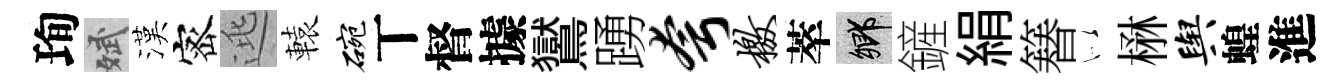
珣斌漢宻逃轅碗丅督據鸑踴夸檄萃鄉鏟絹簮似楙舆蝗進